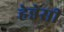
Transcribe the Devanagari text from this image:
हेन्नेसी